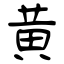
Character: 黃